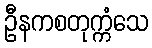
ဦနကစတုက္ကံသေ